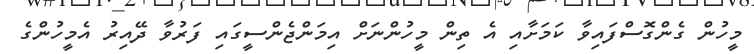
މީހުން ގެންގޮސްފައިވާ ކަމަށާއި އެ ތިން މީހުންނަށް އިމަންޖެންސީގައި ފަރުވާ ދޭއިރު އެމީހުންގެ